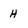
Character: H